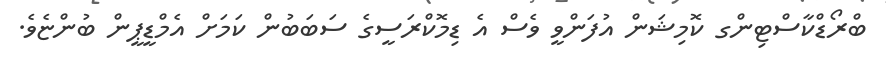
ބްރޯޑްކާސްޓިންގ ކޮމިޝަން އުފަންވީ ވެސް އެ ޑިމޮކްރަސީގެ ސަބަބުން ކަމަށް އެމްޑީޕީން ބުންޏެވެ.